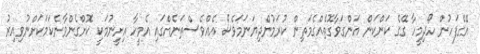
އޭގެފަހުން ހޯދިމީހާ ގޭގެ ކަންކަން އަންގަވާގޮތެއްގެމަތިން ކުރަމުންދިޔަނަމަވެސް އެއްވެސްތަނެއްގައި އެމީހާ އިށީނުމަކީ ކޮށްގެންވާނެކަމަކަށްނުވިއިރު